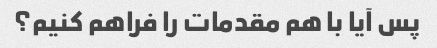
پس آیا با هم مقدمات را فراهم کنیم؟